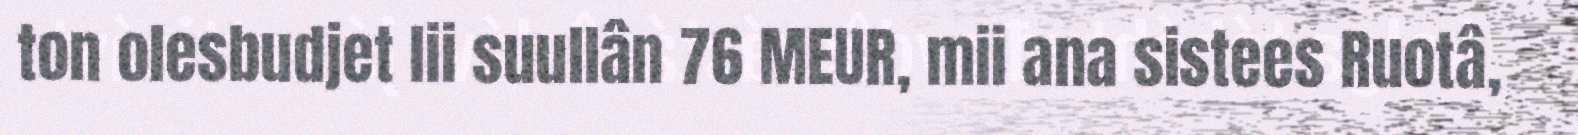
ton olesbudjet lii suullân 76 MEUR, mii ana sistees Ruotâ,